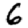
Digit: 6